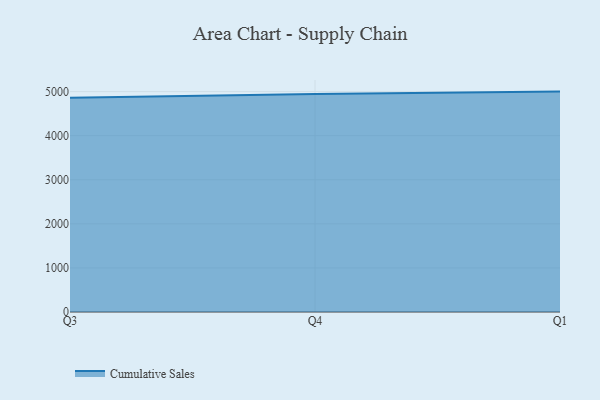
{"axis": {"x": "Quarter", "y": "Shipments"}, "legend": ["Cumulative Sales"], "data": [{"x": "Q3", "y": 4861.3, "type": "Cumulative Sales"}, {"x": "Q4", "y": 4942.8, "type": "Cumulative Sales"}, {"x": "Q1", "y": 5000, "type": "Cumulative Sales"}]}